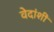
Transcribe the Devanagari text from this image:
वेदांशीं